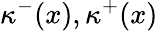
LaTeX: \kappa^{-}(x),\kappa^{+}(x)